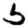
Digit: 5